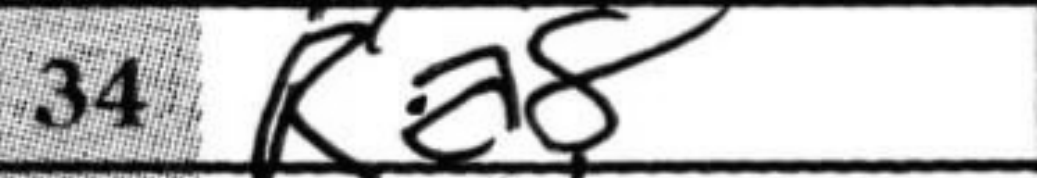
Transcription: Ra8